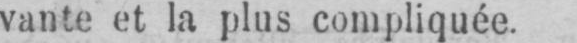
vante et la plus compliquée.